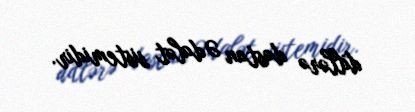
dillərə dastan Ədalət sistemidir.